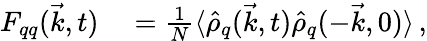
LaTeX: \begin{array}{rl}{F_{qq}(\vec{k},t)}&{{}=\frac{1}{N}\langle\hat{\rho}_{q}(\vec{k},t)\hat{\rho}_{q}(-\vec{k},0)\rangle\, ,}\end{array}